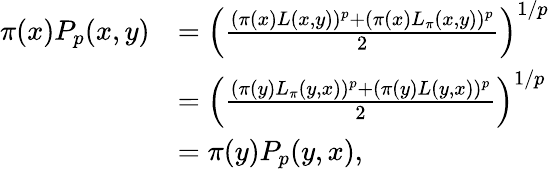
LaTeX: \begin{array}{rl}{\pi(x)P_{p}(x,y)}&{=\left(\frac{(\pi(x)L(x,y))^{p}+(\pi(x)L_{\pi}(x,y))^{p}}{2}\right)^{1/p}}\\ &{=\left(\frac{(\pi(y)L_{\pi}(y,x))^{p}+(\pi(y)L(y,x))^{p}}{2}\right)^{1/p}}\\ &{=\pi(y)P_{p}(y,x),}\end{array}